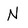
Character: N